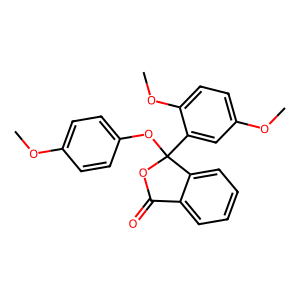
SMILES: COc1ccc(OC2(c3cc(OC)ccc3OC)OC(=O)c3ccccc32)cc1
Inhibits HIV replication: No